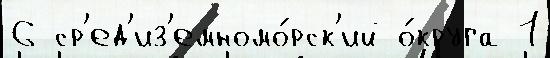
6 ср'ед'из'емномо́рск'ий о́круга 1